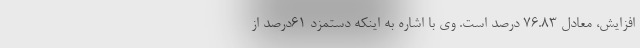
افزایش، معادل 76.83 درصد است. وی با اشاره به اینکه دستمزد 61درصد از